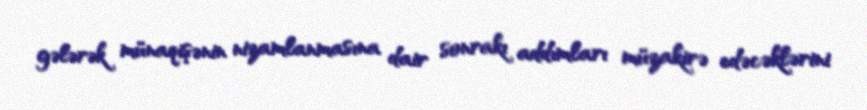
gələrək münaqişənin nizamlanmasına dair sonrakı addımları müzakirə edəcəklərini